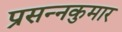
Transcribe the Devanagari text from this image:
प्रसन्‍नकुमार